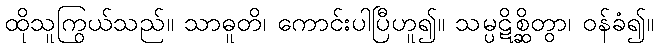
ထိုသူကြွယ်သည်။ သာဓူတိ၊ ကောင်းပါပြီဟူ၍။ သမ္ပဋိစ္ဆိတွာ၊ ဝန်ခံ၍။